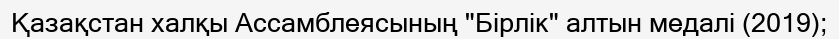
Қазақстан халқы Ассамблеясының "Бірлік" алтын медалі (2019);